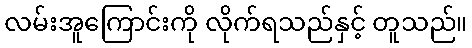
လမ်းအူကြောင်းကို လိုက်ရသည်နှင့် တူသည်။